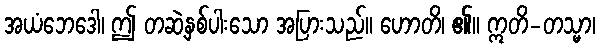
အယံဘေဒေါ၊ ဤ တဆဲ့နှစ်ပါးသော အပြားသည်။ ဟောတိ၊ ၏။ ဣတိ-တသ္မာ၊